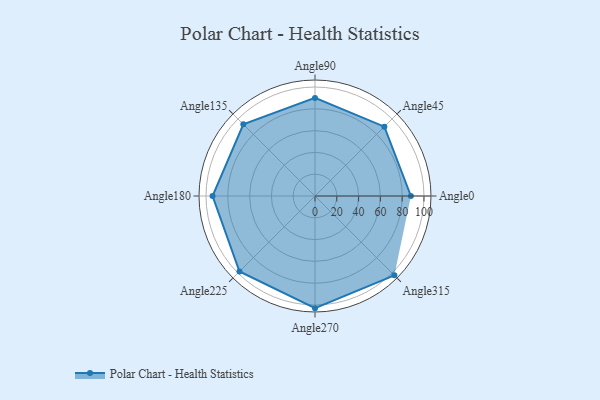
{"axis": {"x": "Angle", "y": "Radius"}, "legend": [""], "data": [{"x": "Angle0", "y": 88.0, "type": ""}, {"x": "Angle45", "y": 90.0, "type": ""}, {"x": "Angle90", "y": 90.0, "type": ""}, {"x": "Angle135", "y": 93.0, "type": ""}, {"x": "Angle180", "y": 94.0, "type": ""}, {"x": "Angle225", "y": 98.0, "type": ""}, {"x": "Angle270", "y": 103.0, "type": ""}, {"x": "Angle315", "y": 103.0, "type": ""}]}